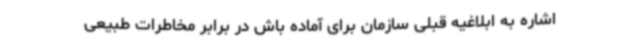
اشاره به ابلاغیه قبلی سازمان برای آماده باش در برابر مخاطرات طبیعی